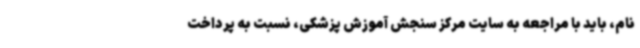
نام، باید با مراجعه به سایت مرکز سنجش آموزش پزشکی، نسبت به پرداخت